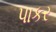
પાકર